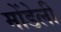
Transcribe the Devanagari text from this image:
मोंडेली